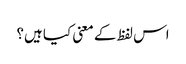
اس لفظ کے معنی کیا ہیں؟